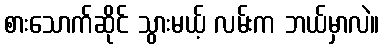
စားသောက်ဆိုင် သွားမယ့် လမ်းက ဘယ်မှာလဲ။